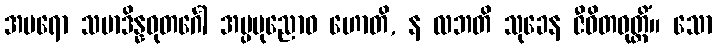
အပရော သမာဒိန္နဓုတင်္ဂေါ အပ္ပပုညောဝ ဟောတိ, န လဘတိ သုခေန ဇီဝိတဝုတ္တိံ။ သော